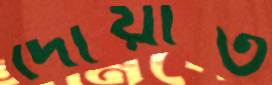
দোয়াত